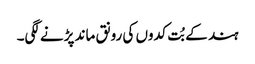
ہند کے بُت کدوں کی رونق ماند پڑنے لگی۔